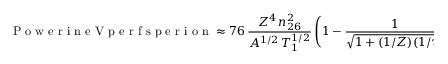
\textrm { P o w e r i n e V p e r f s p e r i o n } \approx 7 6 \, \frac { Z ^ { 4 } \, n _ { 2 6 } ^ { 2 } } { A ^ { 1 / 2 } \, T _ { 1 } ^ { 1 / 2 } } \left( 1 - \frac { 1 } { \sqrt { 1 + ( 1 / Z ) ( 1 / \tau ) } } \right) .